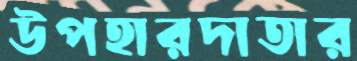
উপহারদাতার